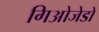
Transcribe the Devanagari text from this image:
गिओजेडो